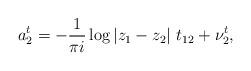
LaTeX: \begin{align*}a^t_2=-\frac{1}{\pi i} \log|z_1-z_2|\ t_{12} +\nu^t_2,\end{align*}